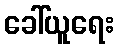
ခေါ်ယူရေး